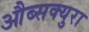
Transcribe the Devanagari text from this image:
औब्सक्युरा